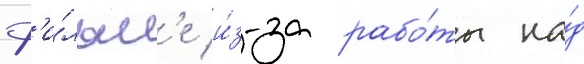
ф'и́льм'е и́з-за рабо́ты на́д